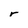
Character: r